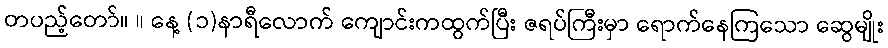
တပည့်တော်။ ။ နေ့ (၁)နာရီလောက် ကျောင်းကထွက်ပြီး ဇရပ်ကြီးမှာ ရောက်နေကြသော ဆွေမျိုး